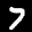
Label: 7